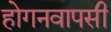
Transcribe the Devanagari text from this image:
होगनवापसी